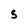
Character: s